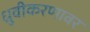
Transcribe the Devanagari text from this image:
ध्रुवीकरणावर